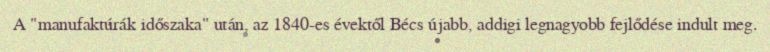
A "manufaktúrák időszaka" után, az 1840-es évektől Bécs újabb, addigi legnagyobb fejlődése indult meg.